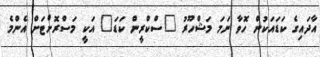
އާދައިގެ ކަޑައަކުން ހޮވާ ނަމަ މަޝްހޫރު "ސްކްރީން ކަޑަ" އަކީ މަސްރޮށްޓަށް އެންމެ